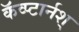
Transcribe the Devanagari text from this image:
कॅव्प्टार्नश्